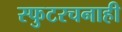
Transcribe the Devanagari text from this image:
स्फुटरचनाही